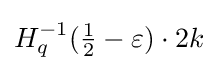
H_{q}^{-1}({\tfrac {1}{2}}-\varepsilon )\cdot 2k